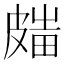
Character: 𥀋